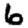
Digit: 6